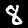
Label: 8